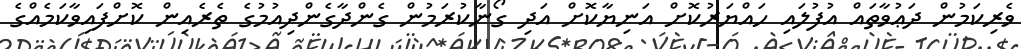
ވެރިކަމުން ދަޢުވާތައް އުފުލައި ހައްޔަރުކޮށް އަނިޔާކޮށް އަދި ގޯނާކުރަމުން ގެންދާގެންދިއުމުގެ ތެރެއިން ކޮށްފައިވާކަމެއްގެ